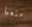
متعبا